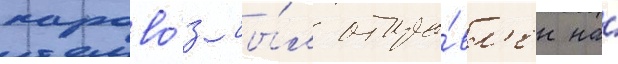
парово́з бы́л отпра́вл'ен на́